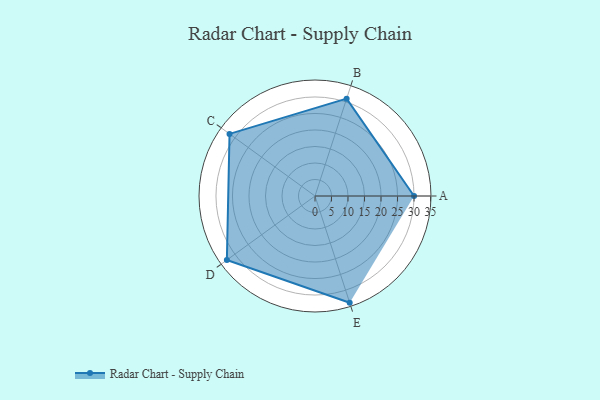
{"axis": {"x": "Skill", "y": "Score"}, "legend": ["Profile"], "data": [{"x": "A", "y": 30.0, "type": "Profile"}, {"x": "B", "y": 31.0, "type": "Profile"}, {"x": "C", "y": 32.0, "type": "Profile"}, {"x": "D", "y": 33.0, "type": "Profile"}, {"x": "E", "y": 34.0, "type": "Profile"}]}